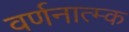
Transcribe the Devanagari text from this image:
वर्णनात्म्क